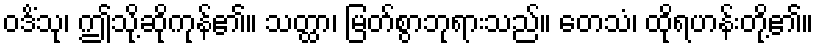
ဝဒိံသု၊ ဤသို့ဆိုကုန်၏။ သတ္ထာ၊ မြတ်စွာဘုရားသည်။ တေသံ၊ ထိုရဟန်းတို့၏။